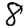
Digit: 8